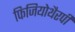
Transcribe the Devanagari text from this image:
फिजियोथैरपी